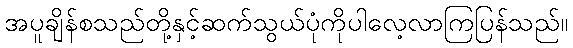
အပူချိန်စသည်တို့နှင့်ဆက်သွယ်ပုံကိုပါလေ့လာကြပြန်သည်။